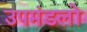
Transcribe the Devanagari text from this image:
उपमंडलों